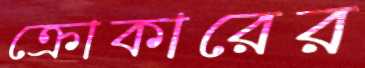
ক্রোকারের